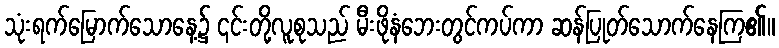
သုံးရက်မြောက်သောနေ့၌ ၎င်းတို့လူစုသည် မီးဖိုနံဘေးတွင်ကပ်ကာ ဆန်ပြုတ်သောက်နေကြ၏။